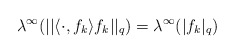
\begin{align*}\lambda^\infty(||\langle\cdot,f_k\rangle f_k||_q)=\lambda^\infty(|f_k|_q) \end{align*}